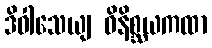
ဒိဝါသေယျ ဝိနိစ္ဆယကထာ